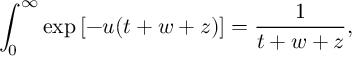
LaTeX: \int _ { 0 } ^ { \infty } \exp \left[ - u ( t + w + z ) \right] = \frac { 1 } { t + w + z } ,